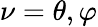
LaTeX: \nu=\theta,\varphi